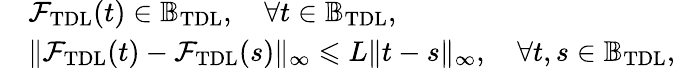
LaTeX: \begin{array}{rl}&{\mathcal{F}_{\mathrm{TDL}}(t)\in\mathbb{B}_{\mathrm{TDL}},\quad\forall t\in\mathbb{B}_{\mathrm{TDL}},}\\ &{\| \mathcal{F}_{\mathrm{TDL}}(t)-\mathcal{F}_{\mathrm{TDL}}(s)\| _{\infty}\leqslant L\| t-s\| _{\infty},\quad\forall t,s\in\mathbb{B}_{\mathrm{TDL}},}\end{array}